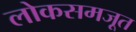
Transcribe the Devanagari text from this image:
लोकसमजूत